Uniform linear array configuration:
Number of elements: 24
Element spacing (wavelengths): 1
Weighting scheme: binomial
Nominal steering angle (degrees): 45
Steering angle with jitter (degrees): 46.52
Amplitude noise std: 0.05
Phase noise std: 0.05

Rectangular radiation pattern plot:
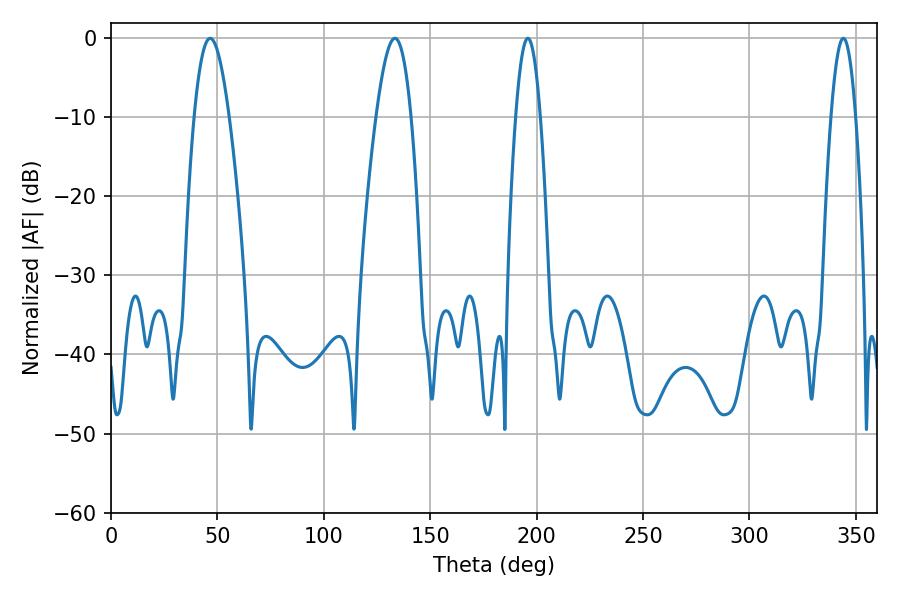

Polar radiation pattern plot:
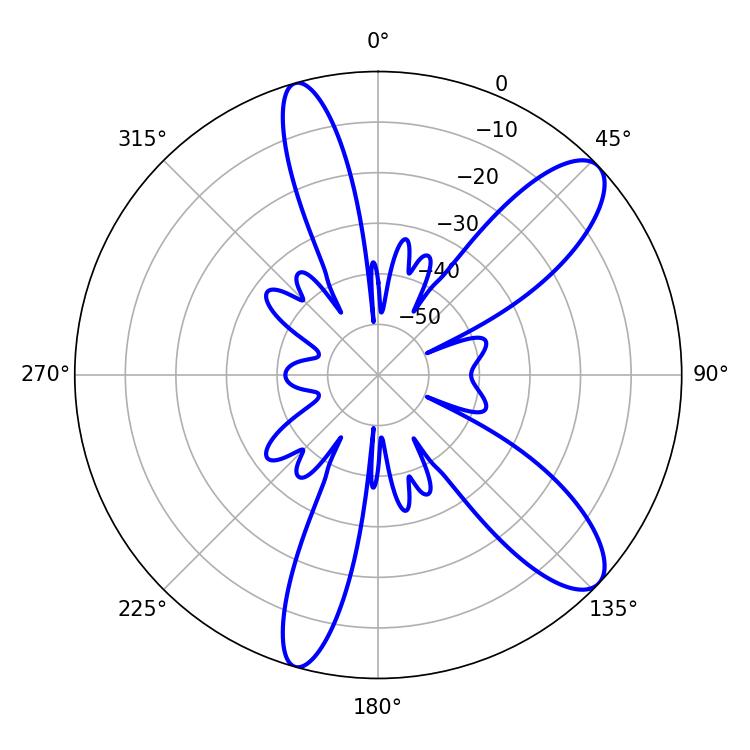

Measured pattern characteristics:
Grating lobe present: TRUE
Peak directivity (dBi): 10.437
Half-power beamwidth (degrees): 9
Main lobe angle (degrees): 46.62